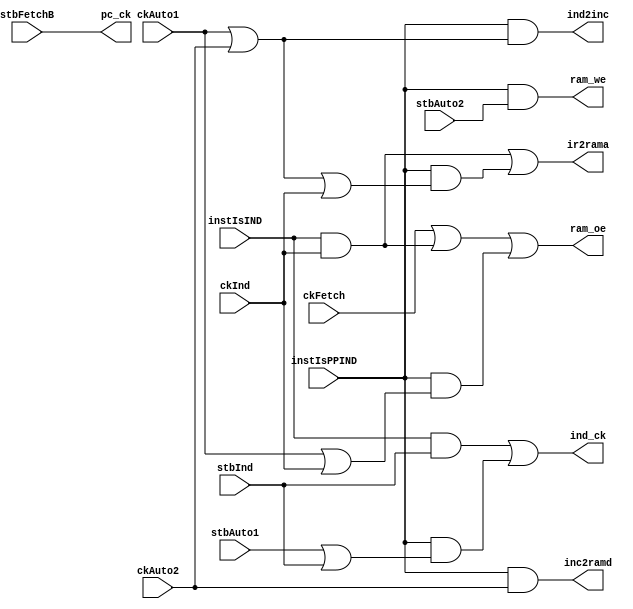
//
// InstructionFetch.v - for the PDP-8 in Verilog project
//
// github.com/SmallRoomLabs/PDP8-Verilog
// Mats Engstrom - mats.engstrom@gmail.com
//
// InstructionFetch | 0 | 10 | 0 | 7
//

`default_nettype none

module InstructionFetch (
  input instIsIND,
  input instIsPPIND,
  input ckFetch, ckAuto1, ckAuto2, ckInd,
  input stbFetchB, stbAuto1, stbAuto2, stbInd, 
  output inc2ramd,
  output ind_ck,
  output ind2inc,
  output ir2rama,
  output pc_ck,
  output ram_oe,
  output ram_we
);

wire         inc2ramdPPIND;
or(inc2ramd, inc2ramdPPIND);

wire       ind_ckIND, ind_ckPPIND;
or(ind_ck, ind_ckIND, ind_ckPPIND);

wire        ind2incPPIND;
or(ind2inc, ind2incPPIND);

wire        ir2ramaIND, ir2ramaPPIND;
or(ir2rama, ir2ramaIND, ir2ramaPPIND);

wire      pc_ckFETCH;
or(pc_ck, pc_ckFETCH);

wire       ram_oeFETCH, ram_oeIND, ram_oePPIND;
or(ram_oe, ram_oeFETCH, ram_oeIND, ram_oePPIND);

wire       ram_wePPIND;
or(ram_we, ram_wePPIND);

// 
//        FETCH CYCLE       
// 
assign ram_oeFETCH=   ckFetch;
assign pc_ckFETCH=    stbFetchB;

// 
//        INDIRECT W. AUTOINC CYCLE       
// 
//
//                                  ckAuto1 . stbAuto1 . ckAuto2 . stbAuto2 . ckInd . stbInd
//                                  --------------------------------------------------------
assign ir2ramaPPIND= instIsPPIND & (ckAuto1 |            ckAuto2 |            ckInd          );
assign ram_oePPIND=  instIsPPIND & (ckAuto1 |                                 ckInd          );
assign ind2incPPIND= instIsPPIND & (ckAuto1 |            ckAuto2                             );
assign ind_ckPPIND=  instIsPPIND & (stbAuto1|                                         stbInd );
assign inc2ramdPPIND=instIsPPIND & (                     ckAuto2                             );
assign ram_wePPIND=  instIsPPIND & (                               stbAuto2                  );

// 
//        INDIRECT CYCLE       
// 
//                                  ckAuto1 . stbAuto1 . ckAuto2 . stbAuto2 . ckInd . stbInd
//                                  --------------------------------------------------------
assign ir2ramaIND=   instIsIND & (                                            ckInd          );
assign ram_oeIND=    instIsIND & (                                            ckInd          );
assign ind_ckIND=    instIsIND & (                                                   stbInd  );

endmodule